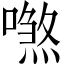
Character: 𠿼